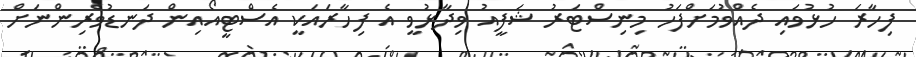
ފިހާރަ ހުޅުވައި ދެއްވުމަށްފަހު މިނިސްޓަރު ޝަފީއު ވިދާޅުވީ އެ ފިހާރައަކީ އެސްޓީއޯއިން ދަނޑުވެރިންނަށް